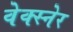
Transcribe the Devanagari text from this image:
वेक्स्नेर